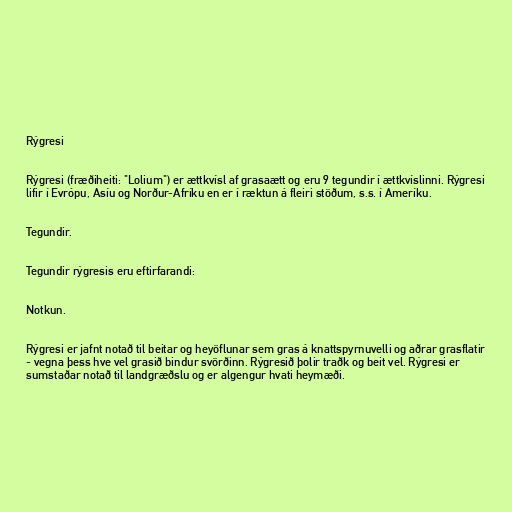
Rýgresi

Rýgresi (fræðiheiti: "Lolium") er ættkvísl af grasaætt og eru 9 tegundir í ættkvíslinni. Rýgresi
lifir í Evrópu, Asíu og Norður-Afríku en er í ræktun á fleiri stöðum, s.s. í Ameríku.

Tegundir.

Tegundir rýgresis eru eftirfarandi:

Notkun.

Rýgresi er jafnt notað til beitar og heyöflunar sem gras á knattspyrnuvelli og aðrar grasflatir
- vegna þess hve vel grasið bindur svörðinn. Rýgresið þolir traðk og beit vel. Rýgresi er
sumstaðar notað til landgræðslu og er algengur hvati heymæði.